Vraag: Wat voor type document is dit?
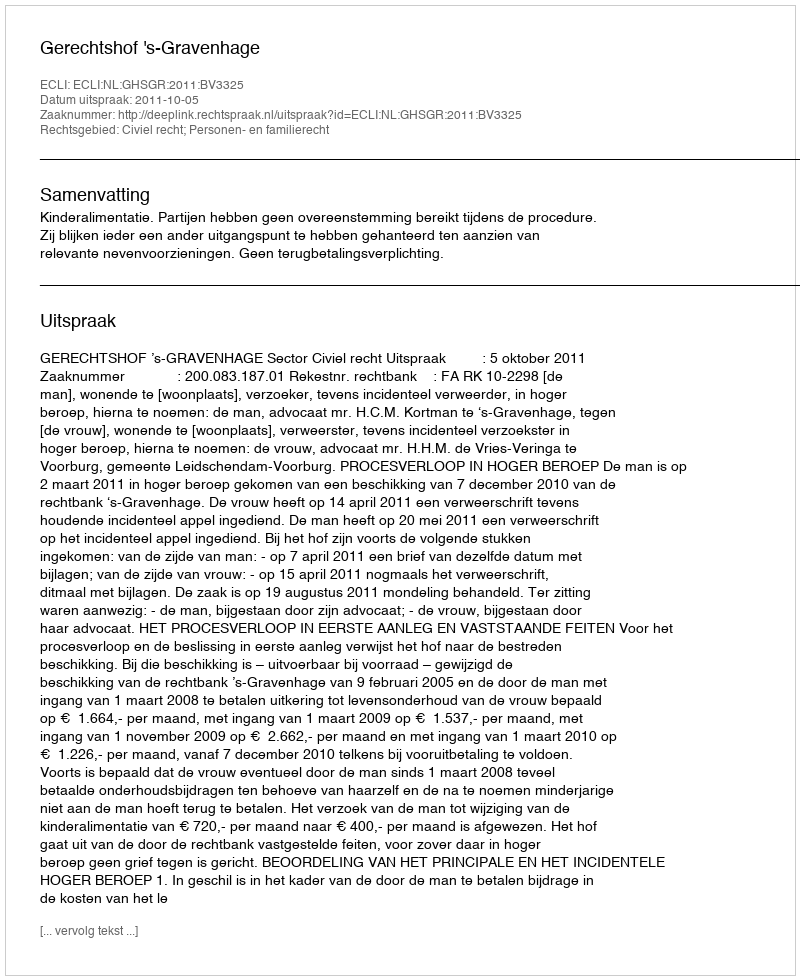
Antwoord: Uitspraak